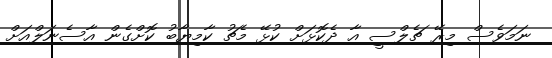
ނަމަވެސް މިރޭ ޗެލްސީ އާ ދެކޮޅަށް ކުޅޭ މެޗު ކާމިޔާބު ކޮށްގެން އާސެނަލްއަށް